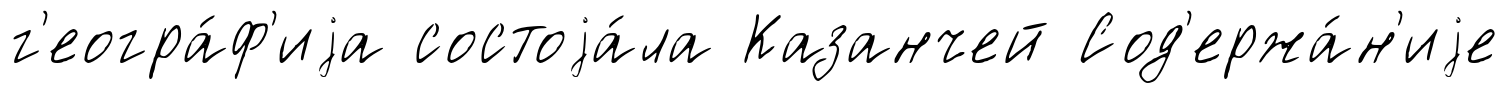
г'еогра́ф'иjа состоjа́ла Казанчей Сод'ержа́н'иjе